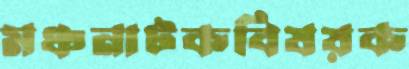
মঞ্চনাটকবিষয়ক